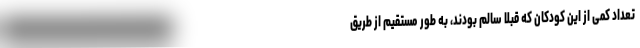
تعداد کمی از این کودکان که قبلاً سالم بودند، به طور مستقیم از طریق